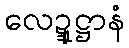
လေဍ္ဍုဋ္ဌာနံ